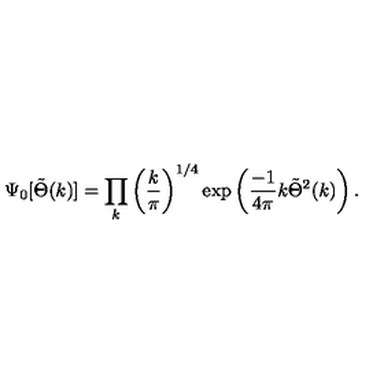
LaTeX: \Psi _ { 0 } [ \tilde { \Theta } ( k ) ] = \prod _ { k } \left( { \frac { k } { \pi } } \right) ^ { 1 / 4 } \exp \left( { \frac { - 1 } { 4 \pi } } k \tilde { \Theta } ^ { 2 } ( k ) \right) .